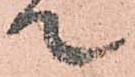
て